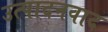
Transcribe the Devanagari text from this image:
उत्पादनवाद